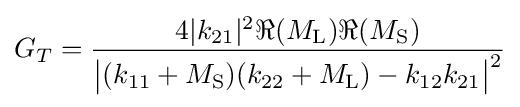
G_{T}={\frac {4|k_{21}|^{2}\Re {(M_{\mathrm {L} })}\Re {(M_{\mathrm {S} })}}{{\bigl |}(k_{11}+M_{\mathrm {S} })(k_{22}+M_{\mathrm {L} })-k_{12}k_{21}{\bigr |}^{2}}}